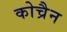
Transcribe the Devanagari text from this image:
कोच्रैन